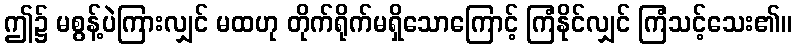
ဤ၌ မစွန့်ပဲကြားလျှင် မထဟု တိုက်ရိုက်မရှိသောကြောင့် ကြံနိုင်လျှင် ကြံသင့်သေး၏။